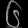
Digit: ၆